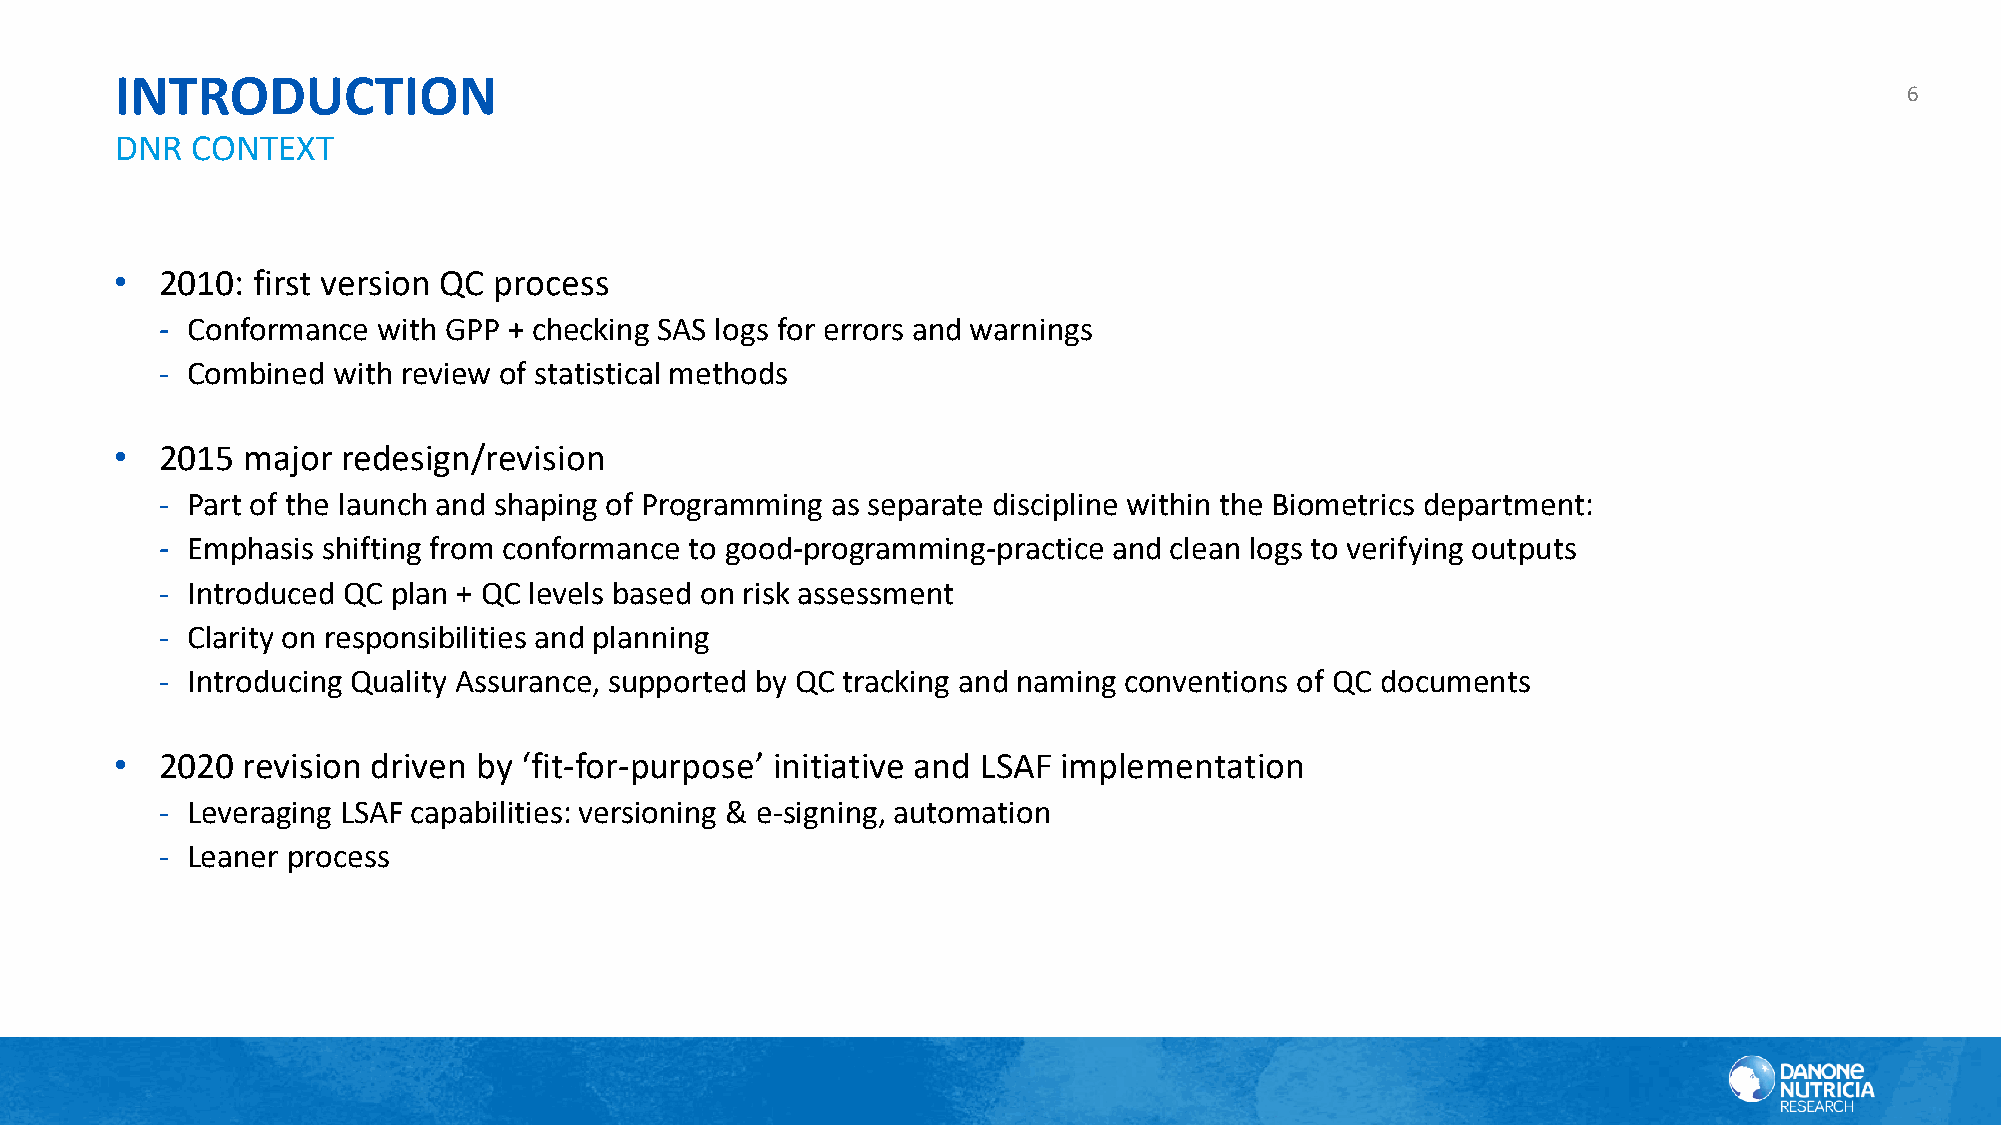
INTRODUCTION
 6
 DNR  CONTEXT
 • 2010:  first version QC process
 ‐ Conformance  with GPP + checking SAS logs for errors and warnings
 ‐ Combined  with review of statistical methods
 • 2015  major  redesign/revision
 ‐ Part of the launch and shaping of Programming as separate discipline within the Biometrics department:
 ‐ Emphasis shifting from conformance to good-programming-practice and clean logs to verifying outputs
 ‐ Introduced QC plan + QC levels based on risk assessment
 ‐ Clarity on responsibilities and planning
 ‐ Introducing Quality Assurance, supported by QC tracking and naming conventions of QC documents
 • 2020  revision driven by ‘fit-for-purpose’ initiative and LSAF implementation
 ‐ Leveraging LSAF capabilities: versioning & e-signing, automation
 ‐ Leaner process